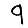
Digit: 9